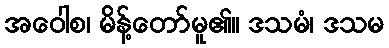
အဝေါစ၊ မိန့်တော်မူ၏။ ဒသမံ၊ ဒသမ